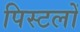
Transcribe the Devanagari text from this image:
पिस्टलों